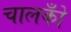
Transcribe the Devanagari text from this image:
चालकोँ